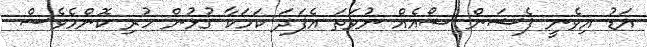
އަޑު އިވެނީ ފެޝަން ޝޯއެއް ނުވަތަ އެފަދަ ކަމަކާ ގުޅުން ހުރި ކޮންމެވެސް